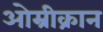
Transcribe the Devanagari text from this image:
ओम्रीक्रान